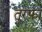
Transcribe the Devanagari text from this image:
तुरफ़ा